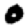
Digit: 0